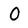
Character: O